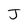
Character: J